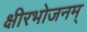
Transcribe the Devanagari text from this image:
क्षीरभोजनम्